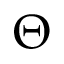
\Theta